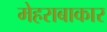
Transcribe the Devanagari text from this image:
मेहराबाकार